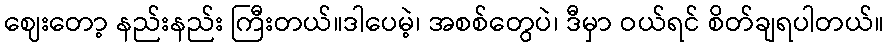
ဈေးတော့ နည်းနည်း ကြီးတယ်။ဒါပေမဲ့၊ အစစ်တွေပဲ၊ ဒီမှာ ဝယ်ရင် စိတ်ချရပါတယ်။